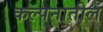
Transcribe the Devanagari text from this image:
कल्पनातील